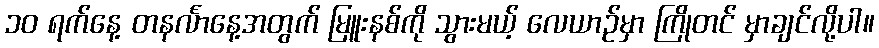
၁၀ ရက်နေ့ တနင်္လာနေ့အတွက် မြူးနစ်ကို သွားမယ့် လေယာဉ်မှာ ကြိုတင် မှာချင်လို့ပါ။